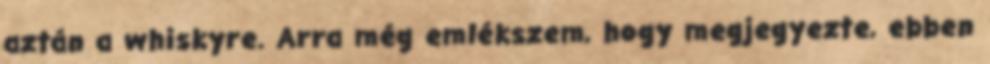
aztán a whiskyre. Arra még emlékszem, hogy megjegyezte, ebben